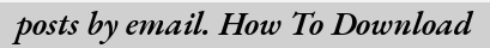
posts by email. How To Download